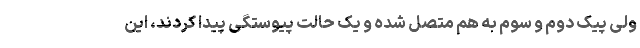
ولی پیک دوم و سوم به هم متصل شده و یک حالت پیوستگی پیدا کردند، این